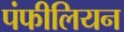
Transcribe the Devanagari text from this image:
पंफीलियन